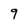
Character: 9